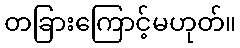
တခြားကြောင့်မဟုတ်။